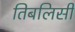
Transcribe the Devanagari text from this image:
तिबलिसी